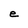
Character: e